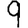
Digit: 9